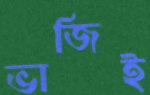
ভাজিই